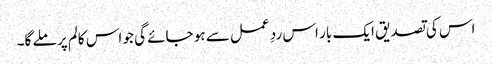
اس کی تصدیق ایک بار اس ردِ عمل سے ہو جائے گی جو اس کالم پر ملے گا۔